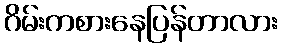
ဂိမ်းကစားနေပြန်တာလား